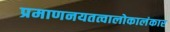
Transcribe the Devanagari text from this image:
प्रमाणनयतत्वालोकालंकार